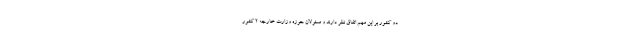
دو کشور بر این مهم اتفاق نظر دارند و مسئولان حوزه وزارت خارجه 2 کشور